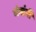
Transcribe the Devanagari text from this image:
गंगांनी